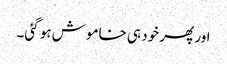
اور پھر خود ہی خاموش ہو گئی۔